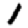
Digit: 1